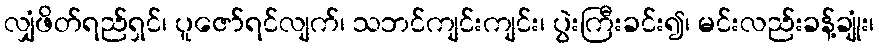
လျှံဖိတ်ရည်ရှင်၊ ပူဇော်ရင်လျက်၊ သဘင်ကျင်းကျင်း၊ ပွဲးကြီးခင်း၍၊ မင်းလည်းခန့်ချုံး၊